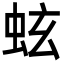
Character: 蚿